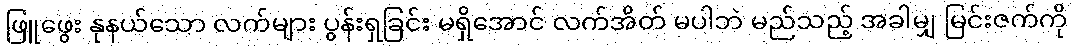
ဖြူဖွေး နုနယ်သော လက်များ ပွန်းရှခြင်း မရှိအောင် လက်အိတ် မပါဘဲ မည်သည့် အခါမျှ မြင်းဇက်ကို